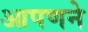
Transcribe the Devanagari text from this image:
आपणने